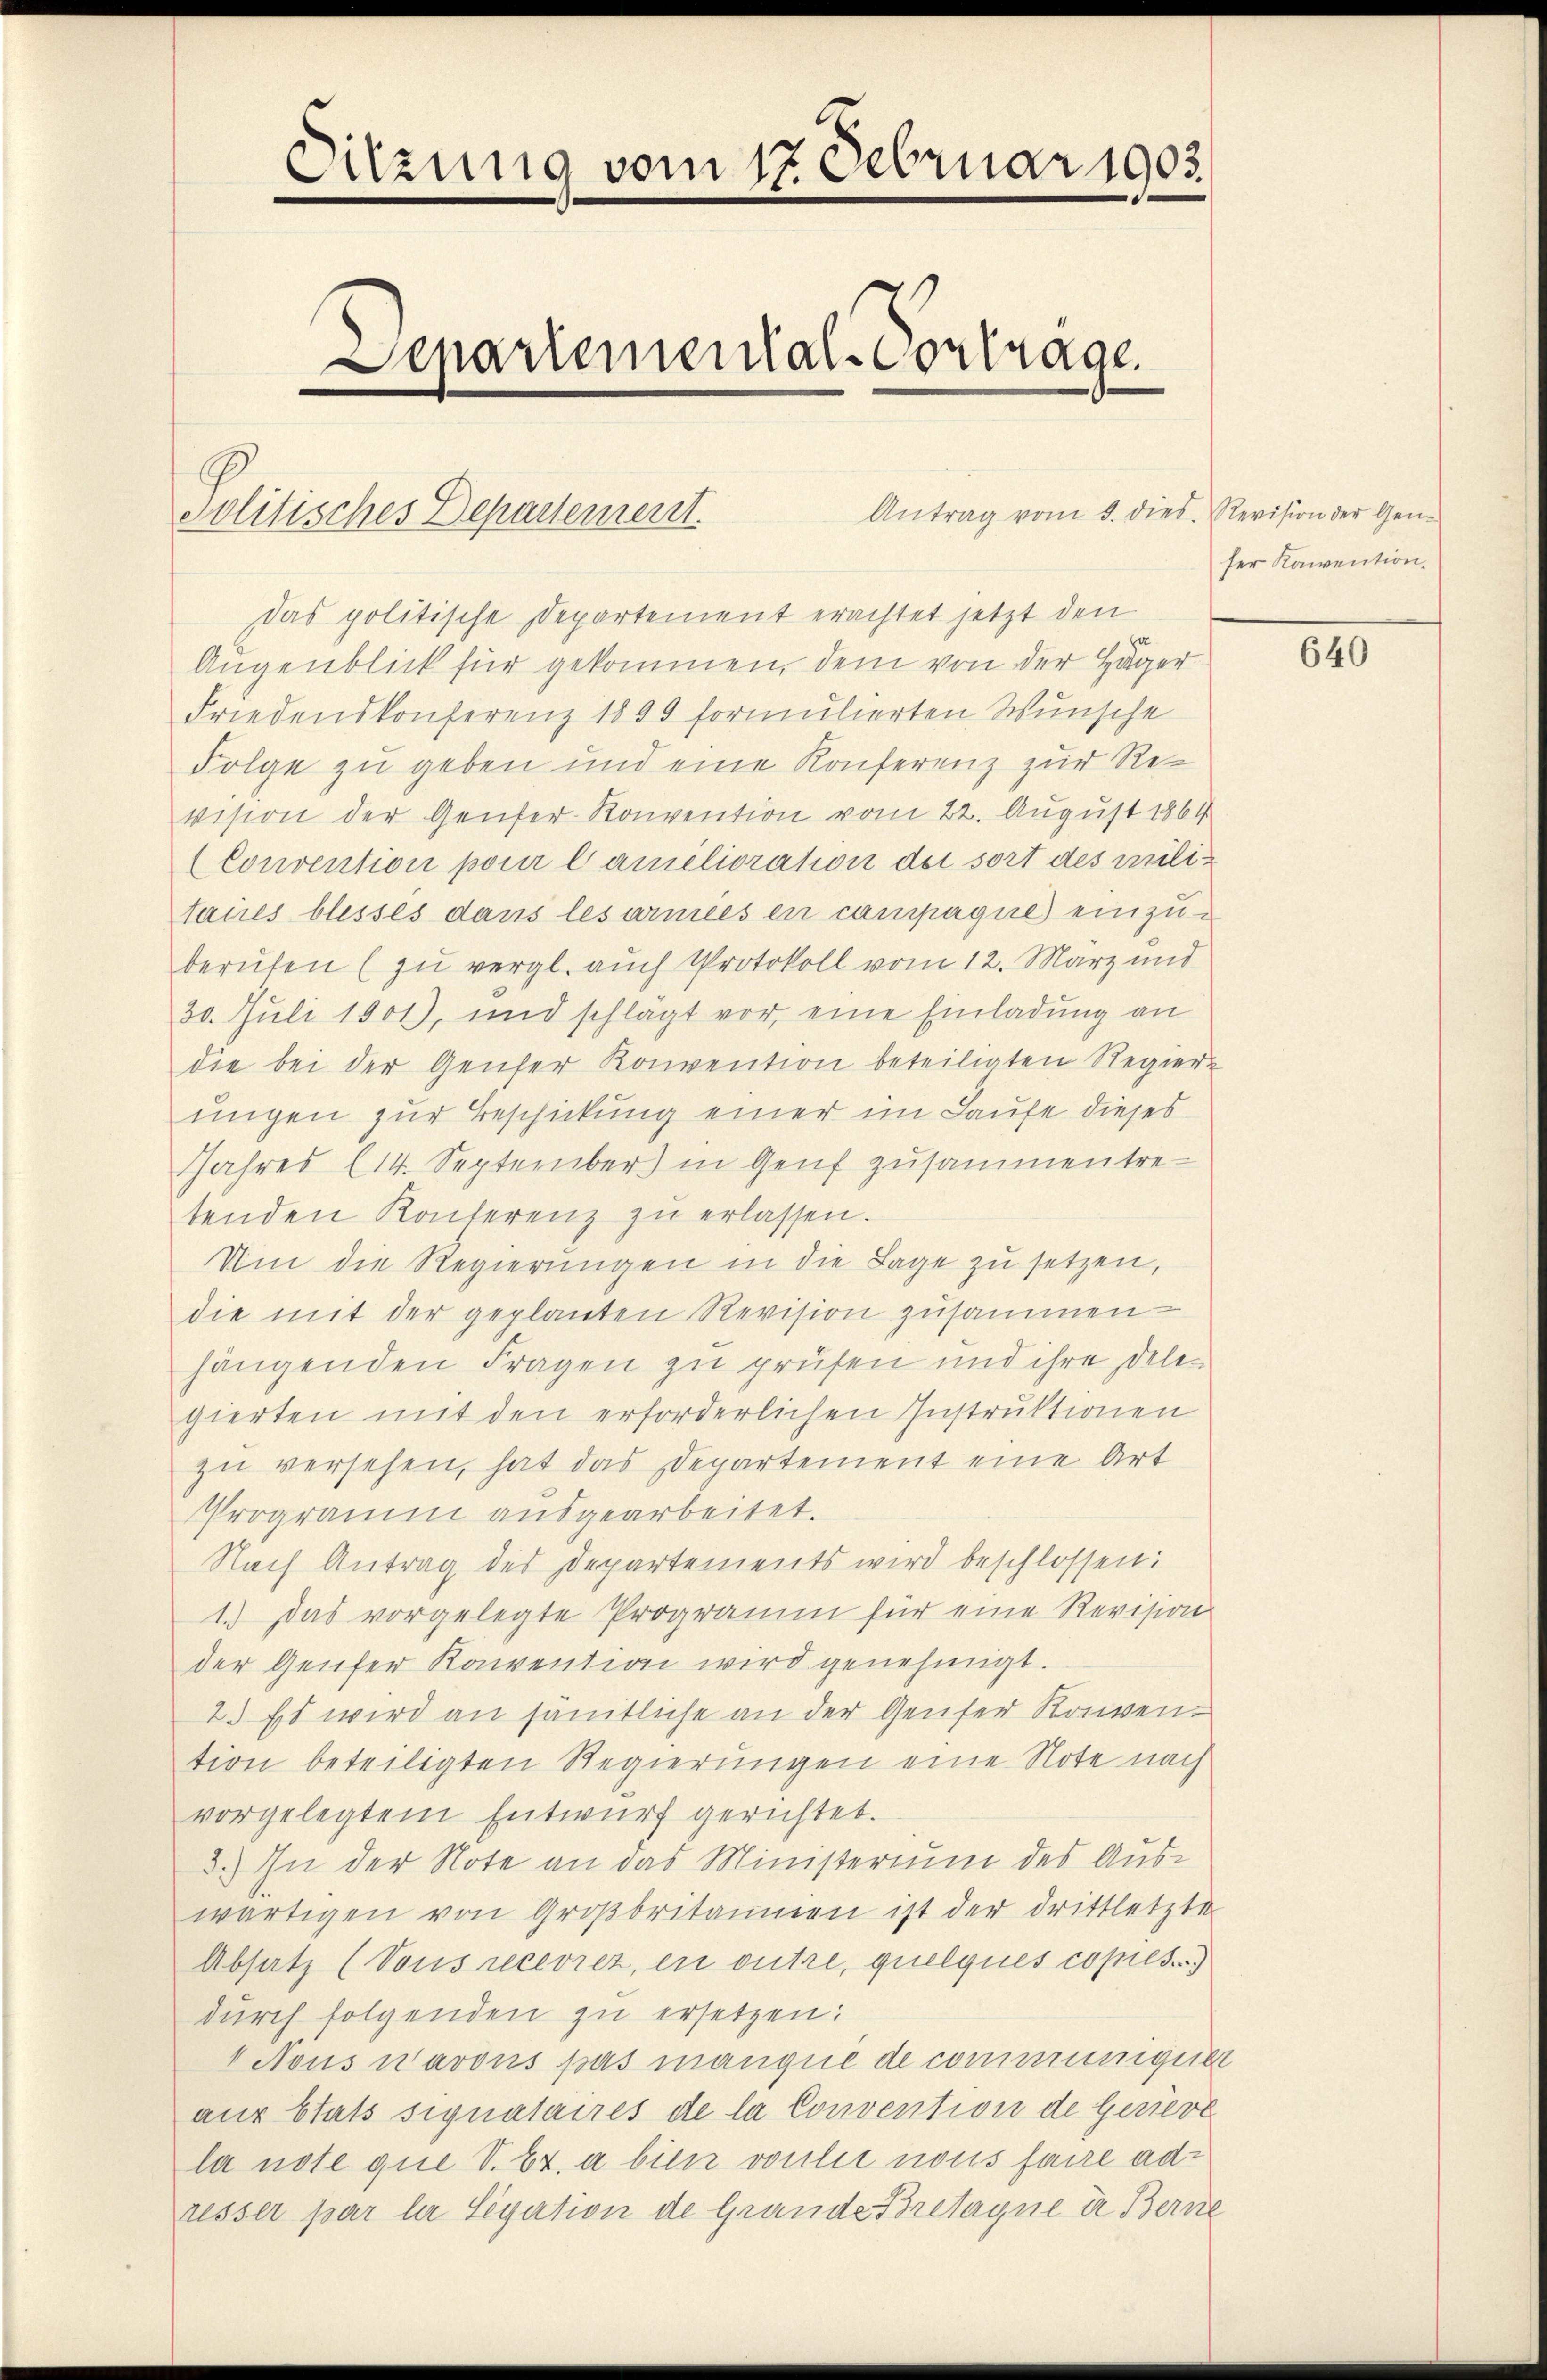
Sitzung vom 17. Februar 1903.
Aepariemental-Cortrage.

Antrag vom 3. dies. Revision der Gen
Solitisches Departement.
Das politische Departement erachtet jetzt den
a
Augenblick für gekommen, dem von der Hager
Friedenskonferenz 1899 formulierten Wunsche
Folge zu geben und eine Konferenz zur Revision der Genfer Konvention vom 22. August 1864
Convention pour l amélioration der sort des Militaires blesses dans lesarmées en campagne einzuberufen (zu vergl. auch Protokoll vom 12. März und
30. Juli 1901), und schlägt vor, eine Einladung an
die bei der Genfer Konvention beteiligten Regier-
ungen zur Beschickung einer im Laufe dieses
Jahres (14. September) in Genf zusammentre-
tenden Konterenz zŭ erlassen.
Um die Regierungen in die Lage zu setzen,
die mit der geplanten Revision zusammen
hängenden Fragen zu prüfen und ihre Dele-
gierten mit den erforderlichen Instruktionen
zu versehen, hat das Departement eine Art
Programm ausgearbeitet.
Nach Antrag des Departements wird beschlossen:
1.) Das vorgelegte Programm für eine Revision
der Genfer Konvention wird genehmigt.
2.) Es wird an sämtliche an der Genfer Konven-
tion beteiligten Regierungen eine Note nach
vorgelegtem Entwurf gerichtet.
3.) In der Note an das Ministerium des Auswärtigen von Großbritannien ist der drittletzte
Absatz (Vous recevrez, en outre, quelques copies.)
durch folgenden zu ersetzen:
1 Nous navous pas manque de communiger
aus Etats signataires de la Convention de Geniere
la note que V. Bz. a bien vorlie nous faire adresser par ler Segation de Grande Bretagne in Berne

ser Konvention.

640